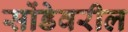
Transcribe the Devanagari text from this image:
सोंडेवरील